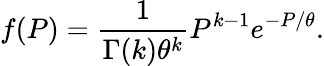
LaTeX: f(P)=\frac{1}{\Gamma(k)\theta^{k}}P^{k-1}e^{-P/\theta}.